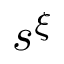
s ^ { \xi }